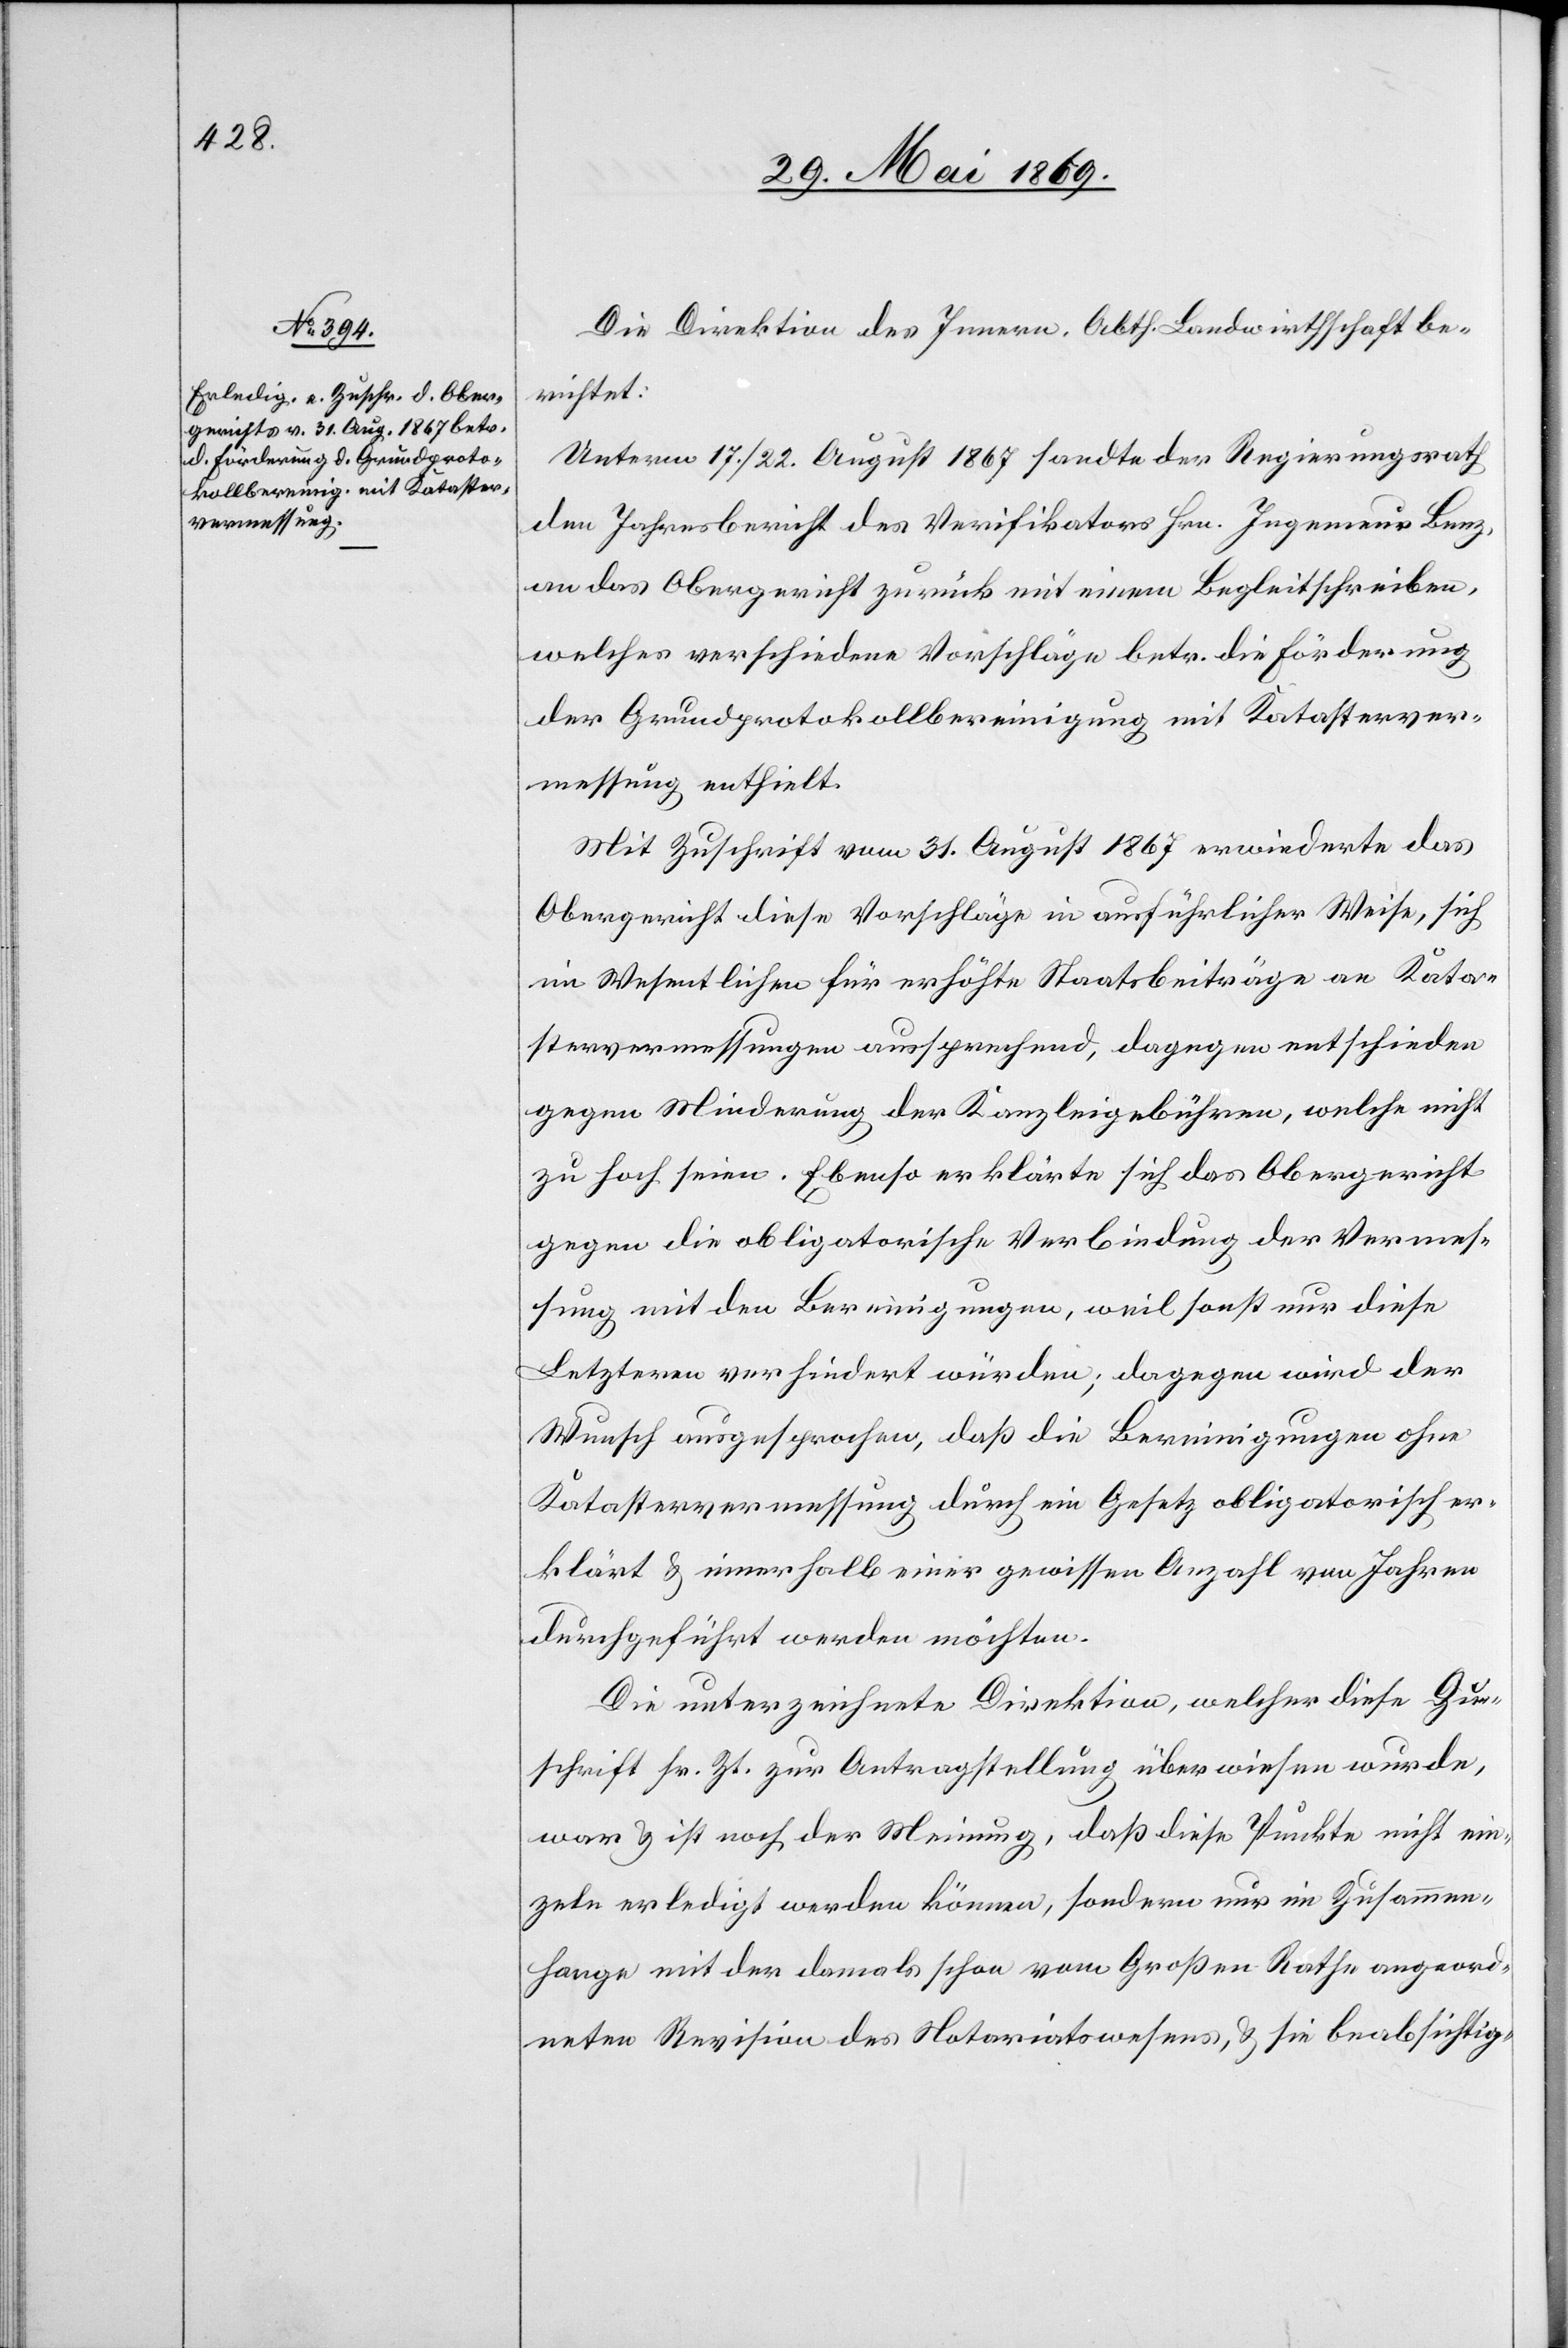
Die Direktion des Innern, Abth. Landwirthschaft be¬
richtet:
Unterm 17./22. August 1867 sandte der Regierungsrath
den Jahresbericht des Verifikators Hrn. Ingenieur Benz,
an das Obergericht zurück mit einem Begleitschreiben,
welches verschiedene Vorschläge betr. die Förderung
der Grundprotokollsbereinigung mit Katasterver¬
messung enthielt.
Mit Zuschrift vom 31. August 1867 erwiederte das
Obergericht diese Vorschläge in ausführlicher Weise, sich
im Wesentlichen für erhöhte Staatsbeiträge von Kata¬
stervermessungen aussprechend, dagegen entschieden
gegen Minderung der Kanzleigebühren, welche nicht
zu hoch seien. Ebenso erklärte sich das Obergericht
gegen die obligatorische Verbindung der Vermes¬
sung mit den Bereinigungen, weil sonst nur diese
Letzteren verhindert würden; dagegen wird der
Wunsch ausgesprochen, daß die Bereinigungen ohne
Katastervermessung durch ein Gesetz obligatorisch er¬
klärt u. innerhalb einer gewissen Anzahl von Jahren
durchgeführt werden möchten.
Die unterzeichnete Direktion, welcher diese Zu¬
schrift sr. Zt. zur Antragstellung überwiesen wurde,
war u. ist noch der Meinung, daß diese Punkte nicht ein¬
zeln erledigt werden können, sondern nur im Zusammen¬
hange mit der damals schon vom Großen Rathe angeord¬
neten Revision des Notariatswesens, u. sie beabsichtig-